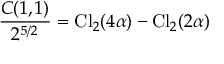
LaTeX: { \frac { C ( 1 , 1 ) } { 2 ^ { 5 / 2 } } } = \mathrm { C l } _ { 2 } ( 4 \alpha ) - \mathrm { C l } _ { 2 } ( 2 \alpha )